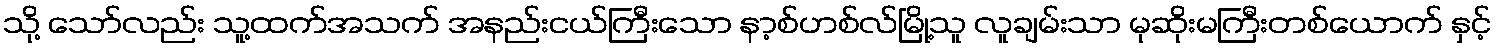
သို့ သော်လည်း သူ့ထက်အသက် အနည်းငယ်ကြီးသော နာ့စ်ဟစ်လ်မြို့သူ လူချမ်းသာ မုဆိုးမကြီးတစ်ယောက် နှင့်